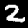
Label: 2